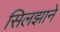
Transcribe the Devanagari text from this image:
सिलझाने